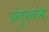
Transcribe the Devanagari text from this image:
सेतुस्तंभ